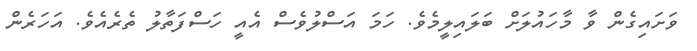
ވަށައިގެން ވާ މާހައުލަށް ބަލައިލީމެވެ. ހަމަ އަސްލުވެސް އެއީ ހަސްފަތާލު ތެރެއެވެ. އަހަރެން